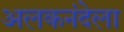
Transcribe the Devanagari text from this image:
अलकनंदेला